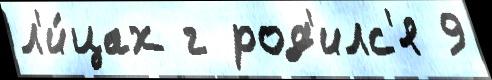
л'и́цах г род'илс'я 9